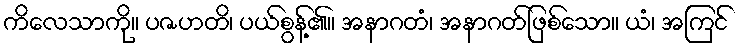
ကိလေသာကို။ ပဇဟတိ၊ ပယ်စွန့်၏။ အနာဂတံ၊ အနာဂတ်ဖြစ်သော။ ယံ၊ အကြင်